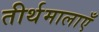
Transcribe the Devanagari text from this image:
तीर्थमालाएँ